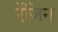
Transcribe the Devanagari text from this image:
रेंजिन